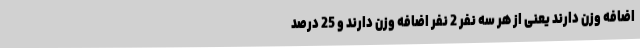
اضافه وزن دارند یعنی از هر سه نفر 2 نفر اضافه وزن دارند و 25 درصد